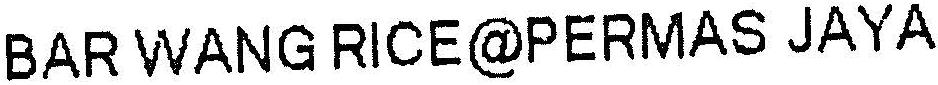
BAR WANG RICE@PERMAS JAYA